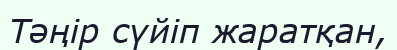
Тәңір сүйіп жаратқан,